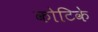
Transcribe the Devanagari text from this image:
कोटिके